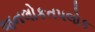
જનલોકતપલોક